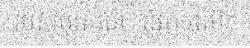
របស់បុរសនេះ ពុំអាចលើក